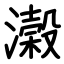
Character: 濲